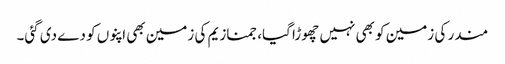
مندر کی زمین کو بھی نہیں چھوڑا گیا، جمنازیم کی زمین بھی اپنوں کو دے دی گئی۔